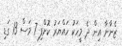
ޒެނާނާ އިން ދެ މީހަކު ހައްޔަރު ކޮށްފި 7 މަސް 13 ގަޑި